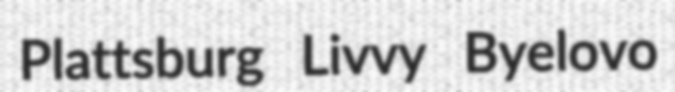
Plattsburg Livvy Byelovo